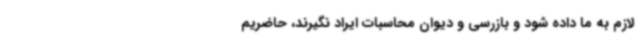
لازم به ما داده شود و بازرسی و دیوان محاسبات ایراد نگیرند، حاضریم